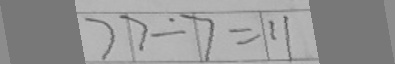
7 7 \div 7 = 1 1